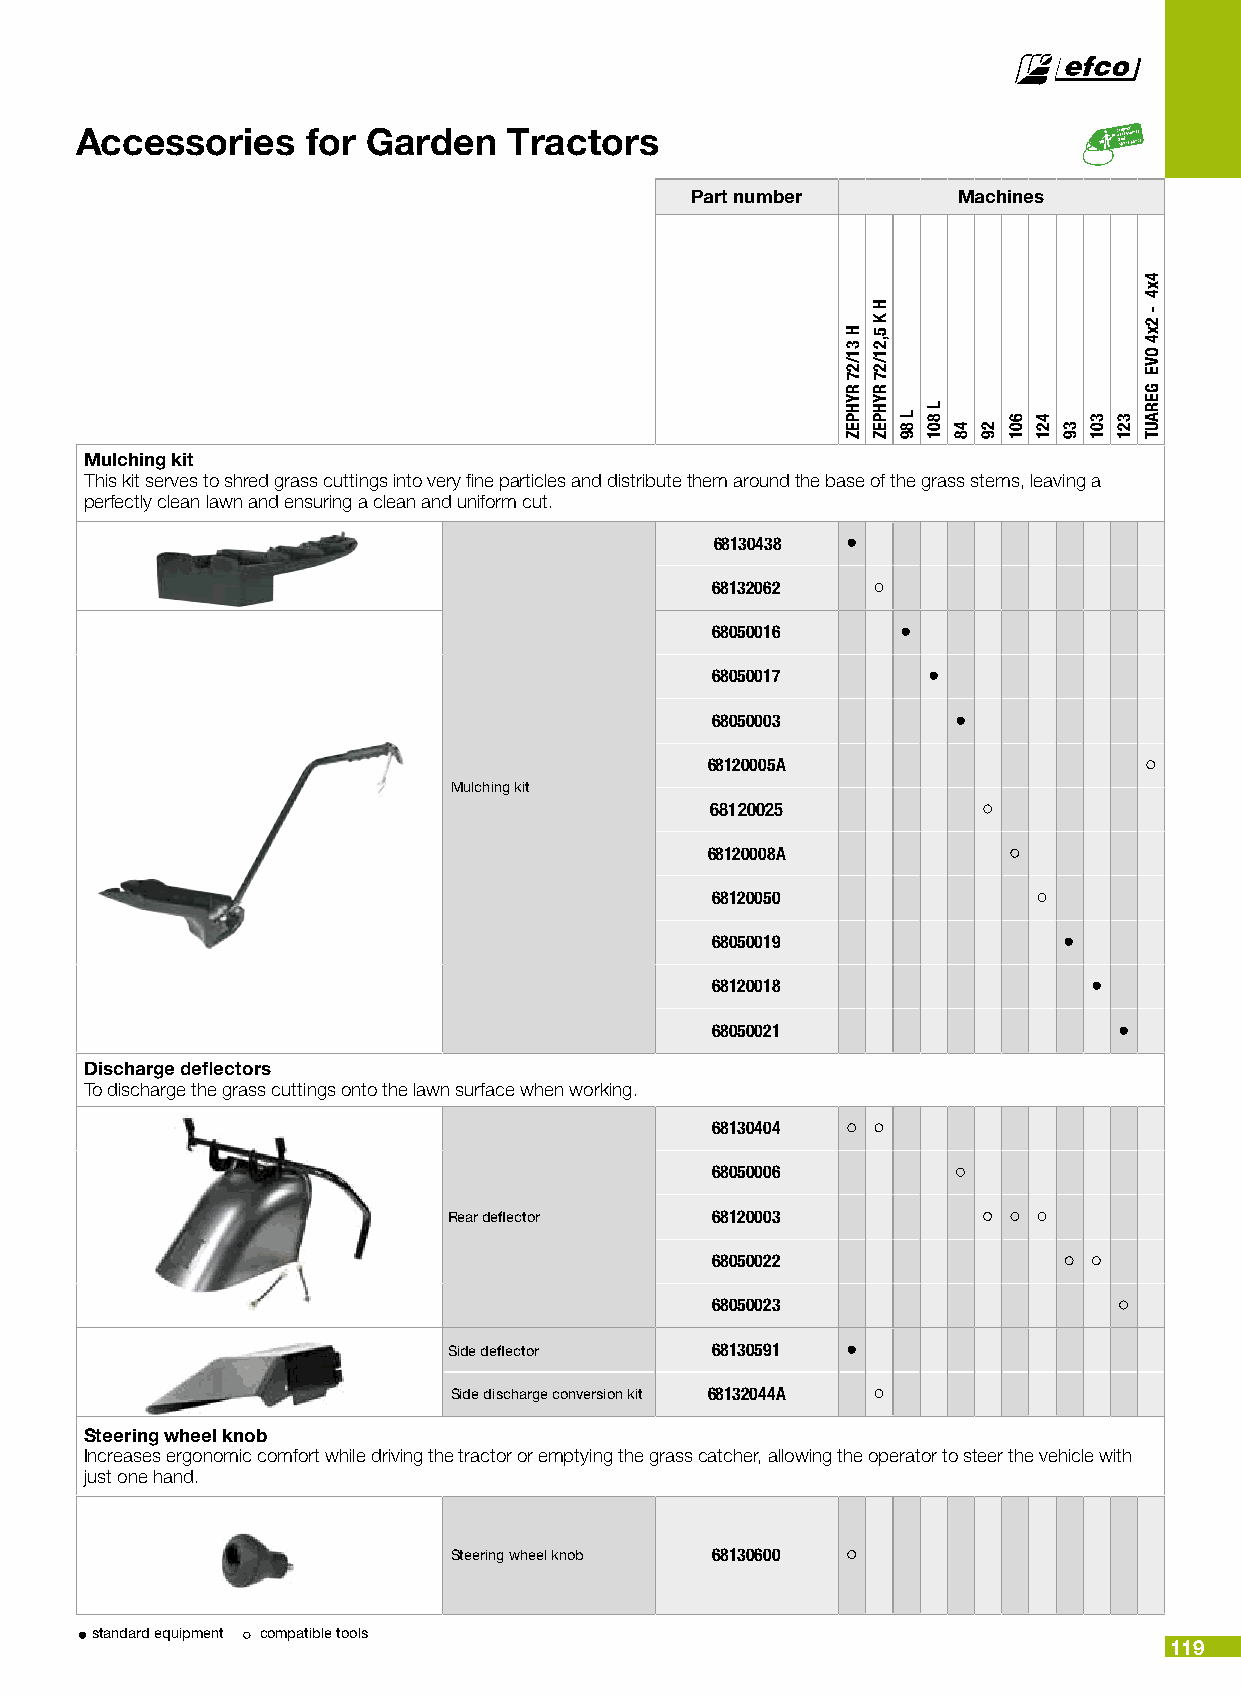
Accessories    for Garden    Tractors
 Part number      Machines
 Mulching kit
 This kit serves to shred grass cuttings into very fine particles and distribute them around the base of the grass stems, leaving a
 perfectly clean lawn and ensuring a clean and uniform cut.
 68130438 •
 68132062
 68050016     •
 68050017      •
 68050003        •
 68120005A
 Mulching kit
 68120025
 68120008A
 68120050
 68050019               •
 68120018                 •
 68050021                   •
 Discharge deflectors
 To discharge the grass cuttings onto the lawn surface when working.
 68130404
 68050006
 Rear deflector   68120003
 68050022
 68050023
 Side deflector   68130591 •
 Side discharge conversion kit 68132044A
 Steering wheel knob
 Increases ergonomic comfort while driving the tractor or emptying the grass catcher, allowing the operator to steer the vehicle with
 just one hand.
 Steering wheel knob 68130600
 standard equipment compatible tools
 119
 H
 31/27
 RYHPEZ
 H
 K
 5,21/27
 RYHPEZ
 L
 89
 L
 801
 48 29
 601 421
 39
 301 321
 4x4
 -
 2x4
 OVE
 GERAUT